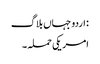
: اردو جہاں بلاگ
امریکی حملہ ۔